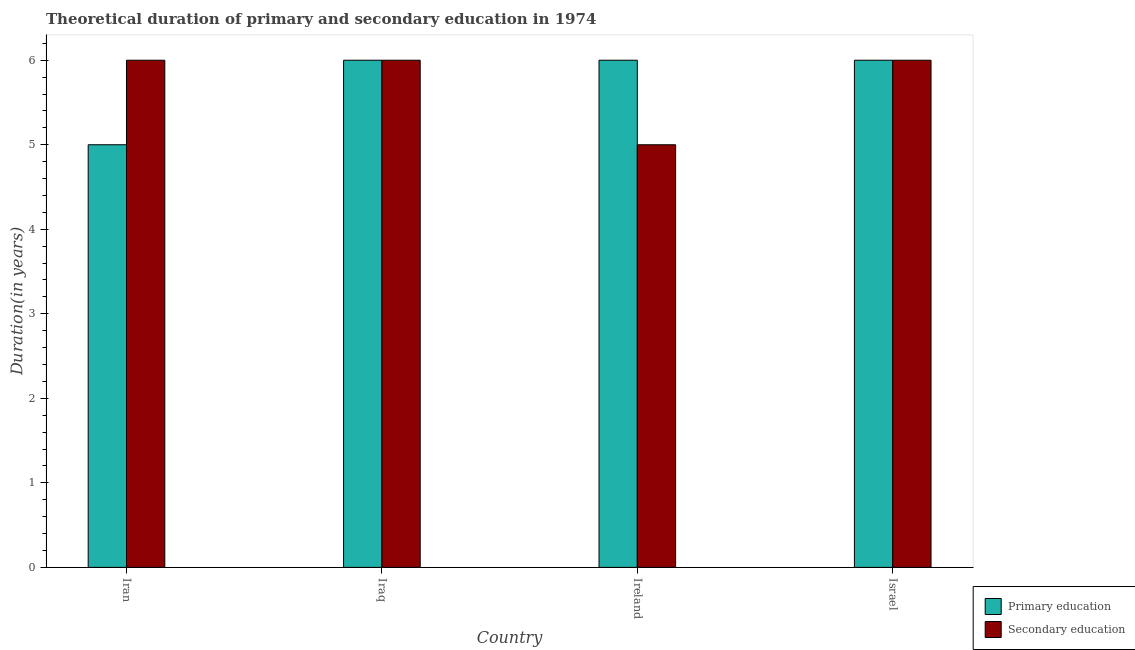
| Country | Primary education | Secondary education |
 | --- | --- | --- |
 | Iran | 5 | 6 |
 | Iraq | 6 | 6 |
 | Ireland | 6 | 5 |
 | Israel | 6 | 6 |